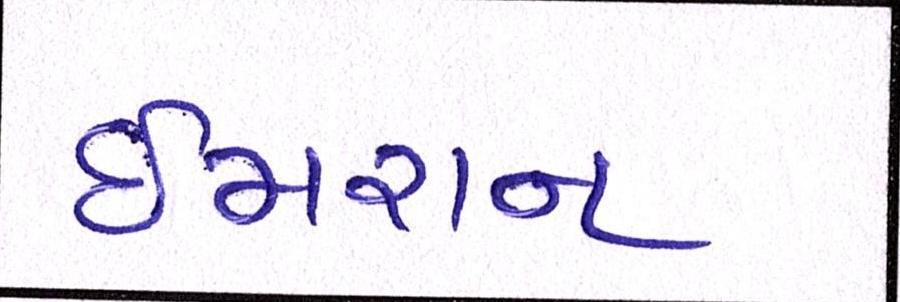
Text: ઈમરાન